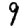
Digit: 9